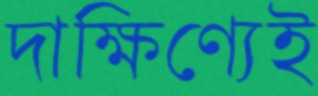
দাক্ষিণ্যেই